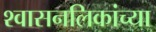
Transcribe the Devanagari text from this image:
श्‍वासनलिकांच्या